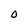
Character: O